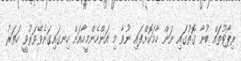
ރިޕޯޓުތަައް ބުނާ ގޮތުގައި ނަން ހާމަކޮށްފައި ނުވާ މި އަންހެންމީހާއަށް ހިނގައިގަނެވޭވަރުވީ ހަތަރު